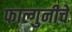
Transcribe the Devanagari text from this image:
फाल्गुनीचे